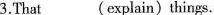
3.That (explain)things.